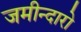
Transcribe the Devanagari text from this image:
जमीन्दारो